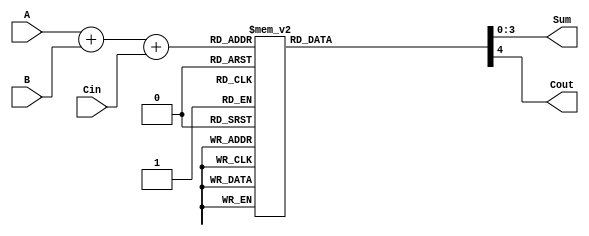
module BCD_LUT_Adder (
    input  wire [3:0] A,     // First BCD digit
    input  wire [3:0] B,     // Second BCD digit
    input  wire Cin,         // Carry-in
    output reg  [3:0] Sum,   // BCD Sum output
    output reg  Cout         // Carry-out
);

    // Internal wire for the sum of A, B, and Cin
    wire [4:0] S; // 5 bits to accommodate the maximum possible sum (9 + 9 + 1)
    assign S = A + B + Cin;

    // LUT implementation for BCD correction
    always @(*) begin
        case (S)
            5'b00000: {Cout, Sum} = {1'b0, 4'b0000}; // 0
            5'b00001: {Cout, Sum} = {1'b0, 4'b0001}; // 1
            5'b00010: {Cout, Sum} = {1'b0, 4'b0010}; // 2
            5'b00011: {Cout, Sum} = {1'b0, 4'b0011}; // 3
            5'b00100: {Cout, Sum} = {1'b0, 4'b0100}; // 4
            5'b00101: {Cout, Sum} = {1'b0, 4'b0101}; // 5
            5'b00110: {Cout, Sum} = {1'b0, 4'b0110}; // 6
            5'b00111: {Cout, Sum} = {1'b0, 4'b0111}; // 7
            5'b01000: {Cout, Sum} = {1'b0, 4'b1000}; // 8
            5'b01001: {Cout, Sum} = {1'b0, 4'b1001}; // 9
            5'b01010: {Cout, Sum} = {1'b1, 4'b0000}; // 10 (10-6 correction)
            5'b01011: {Cout, Sum} = {1'b1, 4'b0001}; // 11
            5'b01100: {Cout, Sum} = {1'b1, 4'b0010}; // 12
            5'b01101: {Cout, Sum} = {1'b1, 4'b0011}; // 13
            5'b01110: {Cout, Sum} = {1'b1, 4'b0100}; // 14
            5'b01111: {Cout, Sum} = {1'b1, 4'b0101}; // 15
            5'b10000: {Cout, Sum} = {1'b1, 4'b0110}; // 16
            5'b10001: {Cout, Sum} = {1'b1, 4'b0111}; // 17
            5'b10010: {Cout, Sum} = {1'b1, 4'b1000}; // 18
            5'b10011: {Cout, Sum} = {1'b1, 4'b1001}; // 19
            default:  {Cout, Sum} = {1'b0, 4'b0000}; // Reset for defaults
        endcase
    end

endmodule